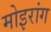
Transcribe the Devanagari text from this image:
मोइरांग